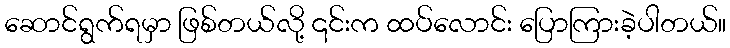
ဆောင်ရွက်ရမှာ ဖြစ်တယ်လို့ ၎င်းက ထပ်လောင်း ပြောကြားခဲ့ပါတယ်။